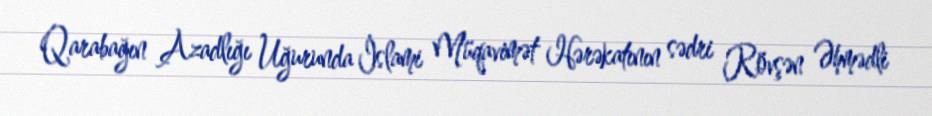
Qarabağın Azadlığı Uğurunda İslami Müqavimət Hərəkatının sədri Rövşən Əhmədli